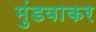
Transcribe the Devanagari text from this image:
मुंडवाकर